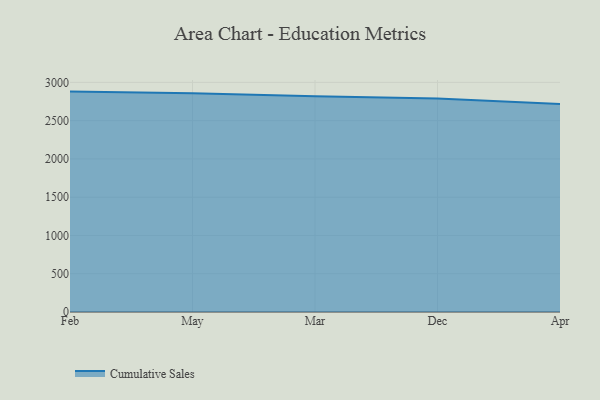
{"axis": {"x": "Month", "y": "Bounce Rate (%)"}, "legend": ["Cumulative Sales"], "data": [{"x": "Feb", "y": 2879.5, "type": "Cumulative Sales"}, {"x": "May", "y": 2857.7, "type": "Cumulative Sales"}, {"x": "Mar", "y": 2818.4, "type": "Cumulative Sales"}, {"x": "Dec", "y": 2790.2, "type": "Cumulative Sales"}, {"x": "Apr", "y": 2716.5, "type": "Cumulative Sales"}]}